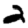
Digit: 2